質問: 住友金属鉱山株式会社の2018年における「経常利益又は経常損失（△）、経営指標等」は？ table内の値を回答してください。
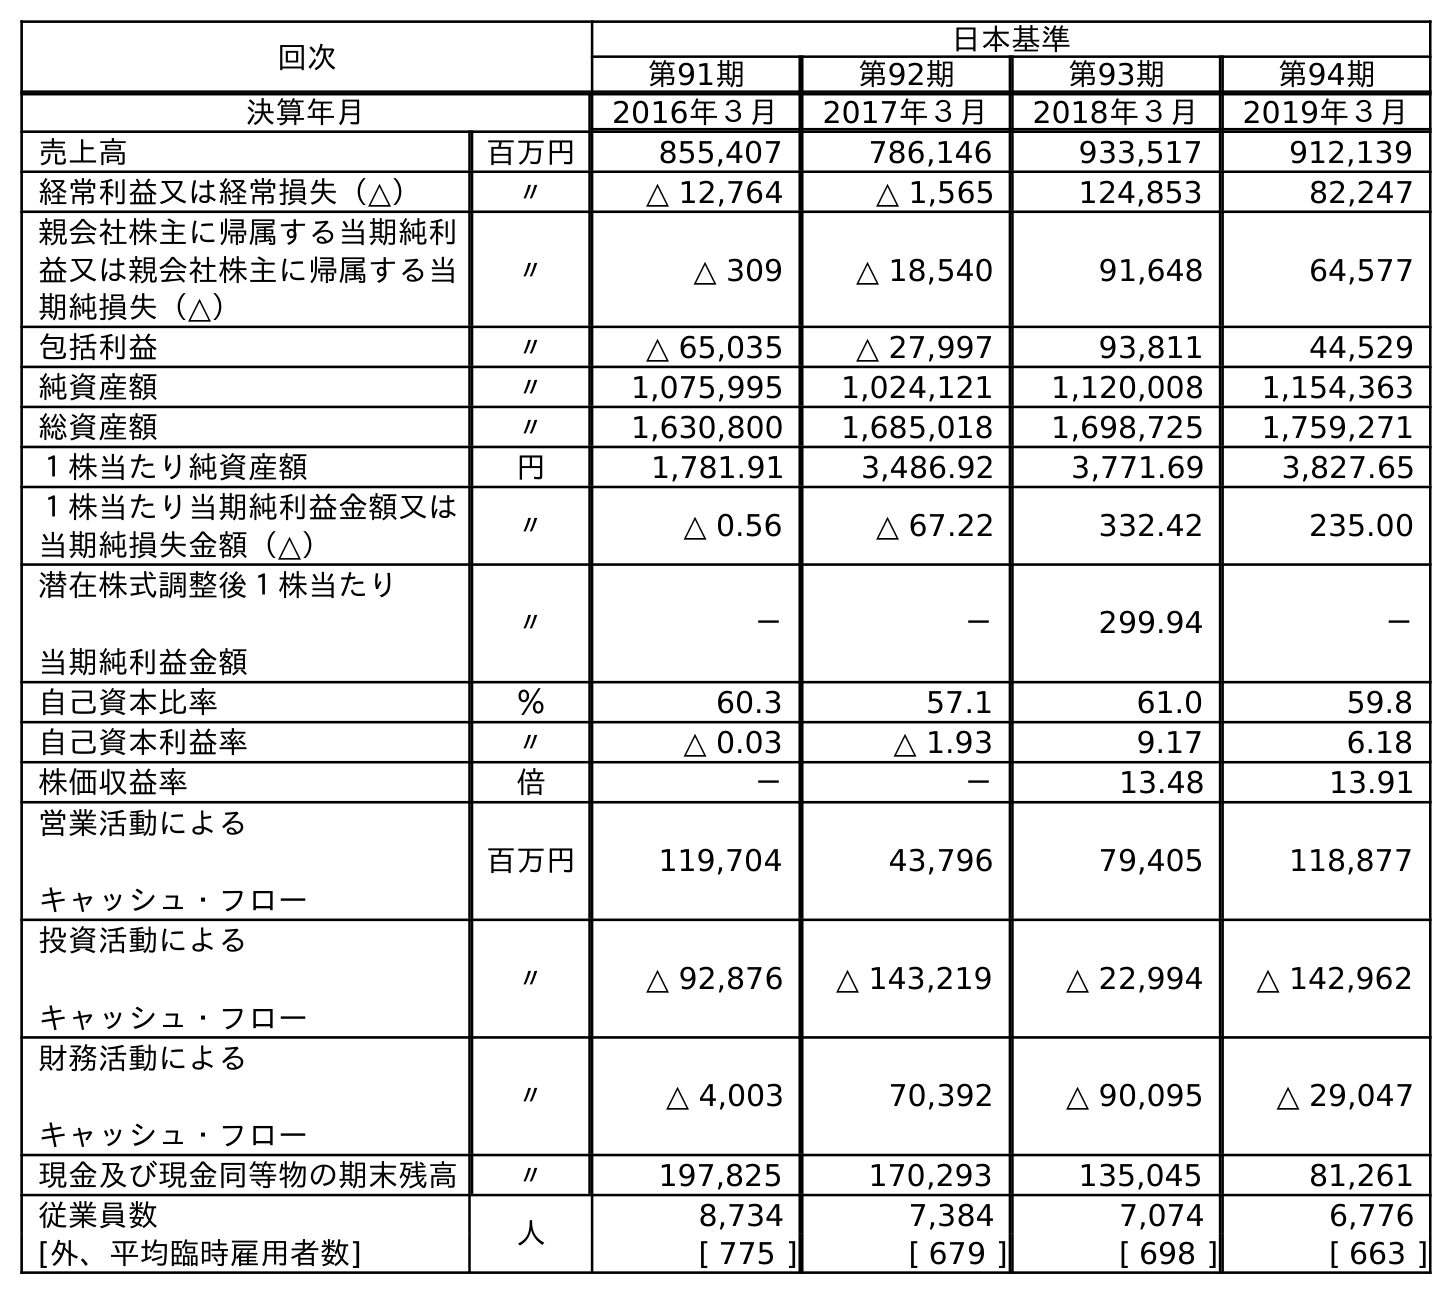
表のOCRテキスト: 回次 日本基準 第91期 第92期 第93期 第94期 決算年月 2016年３月 2017年３月 2018年３月 2019年３月 売上高 百万円 855,407 786,146 933,517 912,139 経常利益又は経常損失（△） 〃 △ 12,764 △ 1,565 124,853 82,247 親会社株主に帰属する当期純利 益又は親会社株主に帰属する当 期純損失（△） 〃 △ 309 △ 18,540 91,648 64,577 包括利益 〃 △ 65,035 △ 27,997 93,811 44,529 純資産額 〃 1,075,995 1,024,121 1,120,008 1,154,363 総資産額 〃 1,630,800 1,685,018 1,698,725 1,759,271 １株当たり純資産額 円 1,781.91 3,486.92 3,771.69 3,827.65 １株当たり当期純利益金額又は 当期純損失金額（△） 〃 △ 0.56 △ 67.22 332.42 235.00 潜在株式調整後１株当たり 当期純利益金額 〃 － － 299.94 － 自己資本比率 ％ 60.3 57.1 61.0 59.8 自己資本利益率 〃 △ 0.03 △ 1.93 9.17 6.18 株価収益率 倍 － － 13.48 13.91 営業活動による キャッシュ・フロー 百万円 119,704 43,796 79,405 118,877 投資活動による キャッシュ・フロー 〃 △ 92,876 △ 143,219 △ 22,994 △ 142,962 財務活動による キャッシュ・フロー 〃 △ 4,003 70,392 △ 90,095 △ 29,047 現金及び現金同等物の期末残高 〃 197,825 170,293 135,045 81,261 従業員数 人 8,734 7,384 7,074 6,776 [外、平均臨時雇用者数] [ 775 ] [ 679 ] [ 698 ] [ 663 ]
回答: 124,853